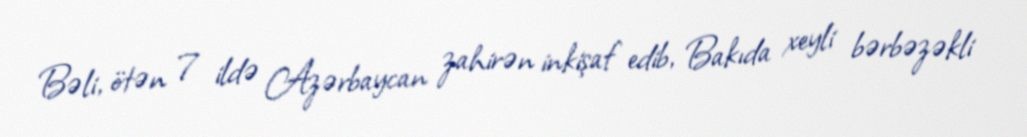
Bəli, ötən 7 ildə Azərbaycan zahirən inkişaf edib, Bakıda xeyli bərbəzəkli